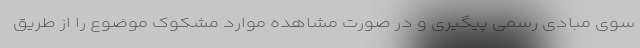
سوی مبادی رسمی پیگیری و در صورت مشاهده موارد مشکوک موضوع را از طریق